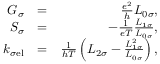
\begin{array} { r l r } { G _ { \sigma } } & { = } & { \frac { e ^ { 2 } } { h } L _ { 0 \sigma } , } \\ { S _ { \sigma } } & { = } & { - \frac { 1 } { e T } \frac { L _ { 1 \sigma } } { L _ { 0 \sigma } } , } \\ { k _ { \sigma \mathrm { e l } } } & { = } & { \frac { 1 } { h T } \left( L _ { 2 \sigma } - \frac { L _ { 1 \sigma } ^ { 2 } } { L _ { 0 \sigma } } \right) , } \end{array}